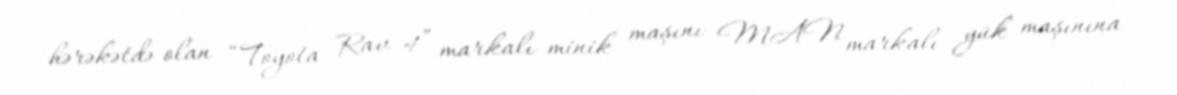
hərəkətdə olan “Toyota Rav 4” markalı minik maşını MAN markalı yük maşınına